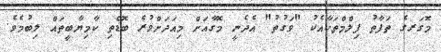
މޮގަރގެ ތަފާތު ފިލްމްތަކާއެކު "ވަގުތު" އެދެނީ މޮގާއަށް މިއަދަށްވުރެ ބޮޑެތި ކާމިޔާބީތައް ލިބުމެވެ.